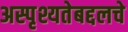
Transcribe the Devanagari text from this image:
अस्पृश्यतेबद्दलचे